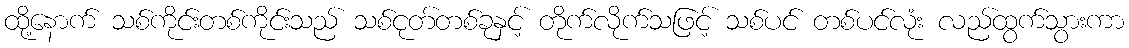
ထို့နောက် သစ်ကိုင်းတစ်ကိုင်းသည် သစ်ငုတ်တစ်ခုနှင့် တိုက်လိုက်သဖြင့် သစ်ပင် တစ်ပင်လုံး လည်ထွက်သွားကာ